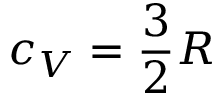
c _ { V } = { \frac { 3 } { 2 } } R